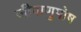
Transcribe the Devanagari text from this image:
जीवाणुपोष